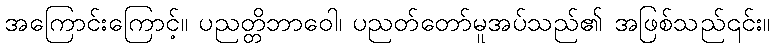
အကြောင်းကြောင့်။ ပညတ္တိဘာဝေါ၊ ပညတ်တော်မူအပ်သည်၏ အဖြစ်သည်၎င်း။